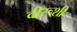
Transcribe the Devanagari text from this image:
वीरूशी